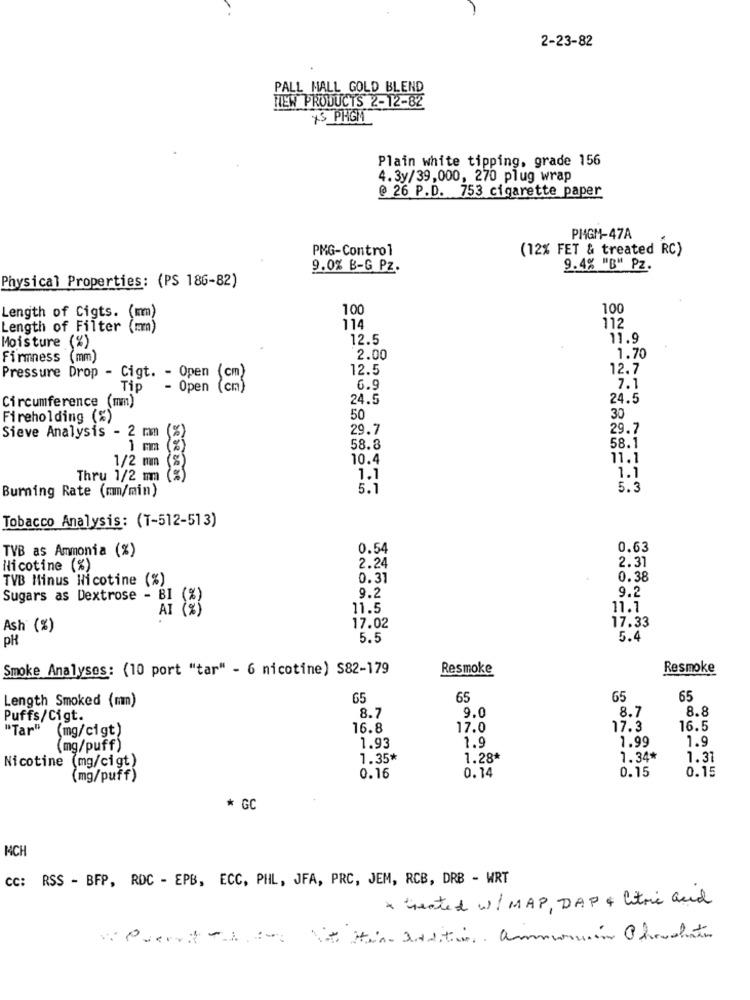
2-23-82
PALL MALL GOLD BLEND
NEW PRODUCTS 2-12-82
XS PHGM
Plain white tipping, grade 156
4.3y/39,000, 270 plug wrap
@ 26 P.D. 753 cigarette paper
PHGM-47A
PMG-Control
(12% FET & treated RC)
9.0% B-G Pz.
9.4% "B" PZ.
Physical Properties: (PS 186-82)
100
100
Length of Cigts.
Length of Filter (mm)
114
112
12.5
11.9
Moisture (%)
Firmness (mm)
2.00
1.70
12.5
12.7
Pressure Drop - Cigt. - Open
(cm)
Tip
- Open
6.9
7.1
Circumference (mm)
24.5
24.5
Fireholding (%)
50
30
Sieve Analysis - 2 mm
29.7
29.7
(%)
1 mm
(%)
58.8
58.1
10.4
11.1
1/2 mm (%)
Thru 1/2 mm (%)
1.1
1.1
Burning Rate (mm/min)
5.1
5.3
Tobacco Analysis: (T-512-513)
TVB as Ammonia (%)
0.54
0.63
2.31
Nicotine (%)
2.24
TVB Minus Nicotine (%)
0.31
0.38
9.2
9.2
Sugars as Dextrose - BI
11.5
11.1
17.02
17.33
Ash' (%)
PH
5.5
5.4
Smoke Analyses: (10 port "tar" - 6 nicotine) S82-179
Resmoke
Resmoke
Length Smoked (mm)
65
65
65
65
8.7
9.0
8.7
8.8
Puffs/Cigt.
"Tar" (mg/cigt)
16.8
17.0
17.3
16.5
1.93
1.9
1.99
1.9
(mg/puff)
1.35*
1.28*
1.34*
1.31
Nicotine (mg/cigt)
0.15
0.15
(mg/puff)
0.16
0.14
* GC
MCH
CC: RSS - BFP, RDC - EPB, ECC, PHL, JFA, PRC, JEM, RCB, DRB - WRT
* seated w/MAP, DAP & Citric and
W Puerta :00 Not Ha Destin ammain Chovdatos